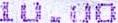
10.00